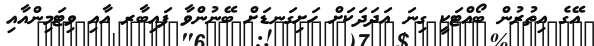
އޭގެ އިތުރުން ބޯއްޓަކީ ގިނަ އަދަދަކަށް ހަށިގަނޑަށް ބޭނުންވާ ފައިބާރ އާއި ވިޓަމިންއާއި